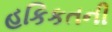
હકિકતની